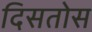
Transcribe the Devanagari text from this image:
दिसतोस